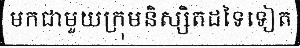
មកជាមួយក្រុមនិស្សិតដទៃទៀត